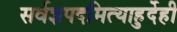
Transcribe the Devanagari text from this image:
सर्वज्ञपदमित्याहुर्देही